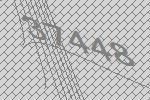
37448